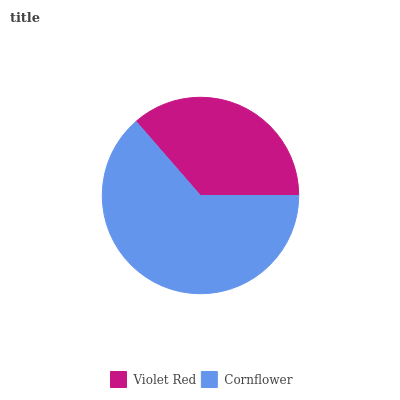
| Violet Red | Cornflower |
 | --- | --- |
 | 36.4% | 63.6% |